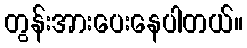
တွန်းအားပေးနေပါတယ်။